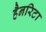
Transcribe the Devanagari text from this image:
हैनरिटा